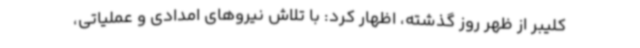
کلیبر از ظهر روز گذشته، اظهار کرد: با تلاش نیروهای امدادی و عملیاتی،